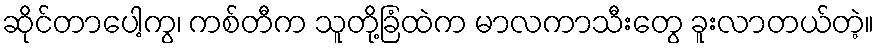
ဆိုင်တာပေါ့ကွ၊ ကစ်တီက သူတို့ခြံထဲက မာလကာသီးတွေ ခူးလာတယ်တဲ့။